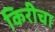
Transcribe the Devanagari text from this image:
किरीचा